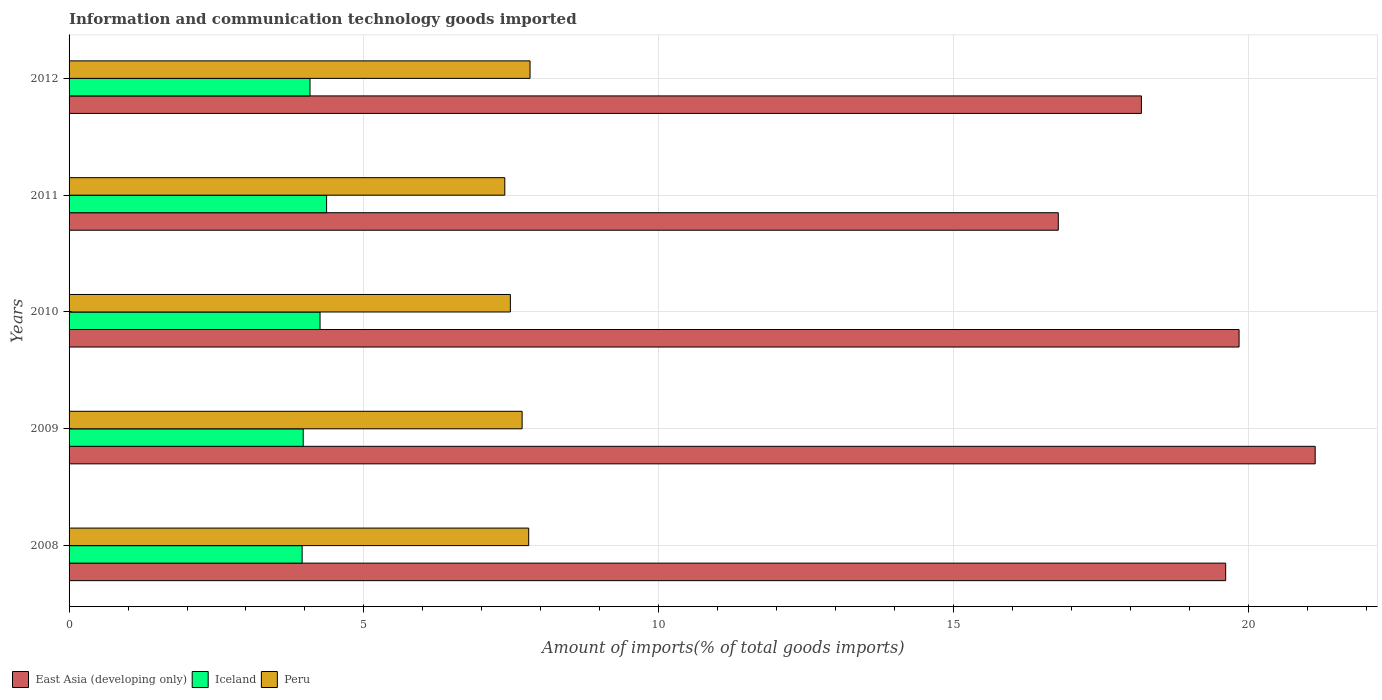
| Years | East Asia (developing only) | Iceland | Peru |
 | --- | --- | --- | --- |
 | 2008 | 19.6 | 3.95 | 7.8 |
 | 2009 | 21.1 | 3.97 | 7.68 |
 | 2010 | 19.8 | 4.26 | 7.48 |
 | 2011 | 16.8 | 4.37 | 7.39 |
 | 2012 | 18.2 | 4.09 | 7.82 |